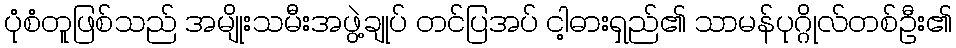
ပုံစံတူဖြစ်သည် အမျိုးသမီးအဖွဲ့ချုပ် တင်ပြအပ် ငါ့ဓားရှည်၏ သာမန်ပုဂ္ဂိုလ်တစ်ဦး၏